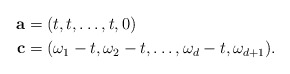
\begin{align*}\mathbf{a}&=(t,t,\dots,t,0) \ \\\mathbf{c}&=(\omega_1-t, \omega_2-t, \dots, \omega_d-t,\omega_{d+1}). \end{align*}